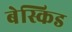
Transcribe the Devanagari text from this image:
बेस्किड